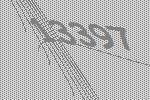
13397